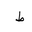
Letter: _da